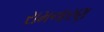
રામનારણ